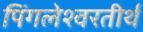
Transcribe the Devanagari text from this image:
पिंगलेश्वरतीर्थ